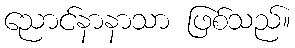
ညောင်နာနာသာ ဖြစ်သည်။